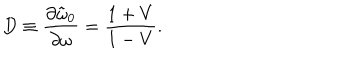
LaTeX: D \equiv { \frac { \partial \tilde { \omega } _ { 0 } } { \partial \omega } } = { \frac { 1 + V } { 1 - V } } .